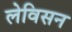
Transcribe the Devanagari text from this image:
लेविसन